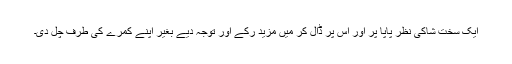
ایک سخت شاکی نظر پاپا پر اور اس پر ڈال کر میں مزید رکے اور توجہ دیے بغیر اپنے کمرے کی طرف چل دی۔